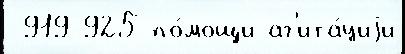
 919-925 по́мощи аг'ита́циjи